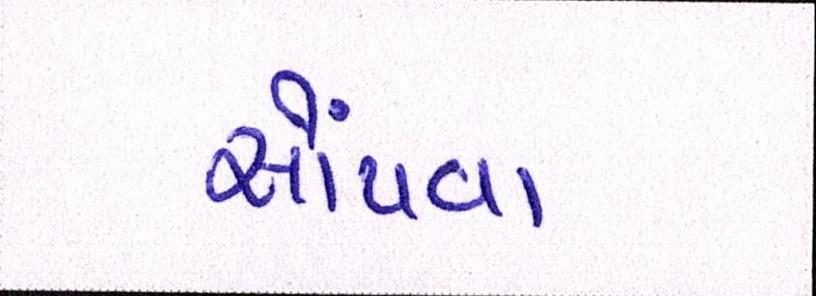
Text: સોંપવા